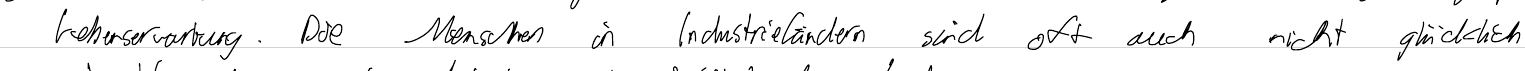
Lebenserwartung. Die Menschen in Industrieländern sind oft auch nicht glücklich